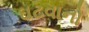
ઘટવાનો